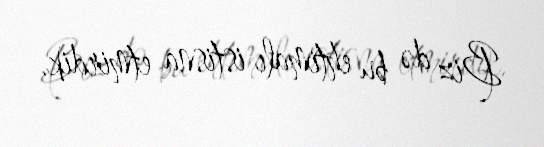
Biz də bu ehtimalı istisna etmirdik.